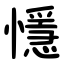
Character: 懚